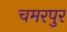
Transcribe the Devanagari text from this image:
चमरपुर